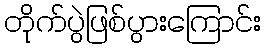
တိုက်ပွဲဖြစ်ပွားကြောင်း